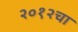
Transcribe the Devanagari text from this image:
२०१२चा